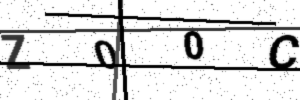
Text: Z00C